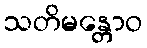
သတိမန္တောဝ